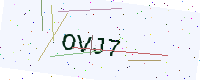
Text: OVJ7